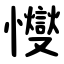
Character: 㦪